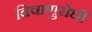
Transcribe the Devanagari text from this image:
विषाणुरोधी